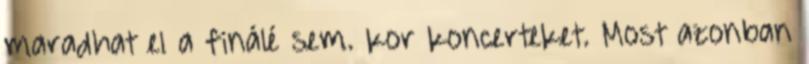
maradhat el a finálé sem. kor koncerteket. Most azonban